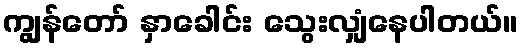
ကျွန်တော် နှာခေါင်း သွေးလျှံနေပါတယ်။